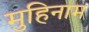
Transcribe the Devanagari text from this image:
मुहिनाम